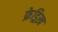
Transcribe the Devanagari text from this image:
फ्रेड्रिख़